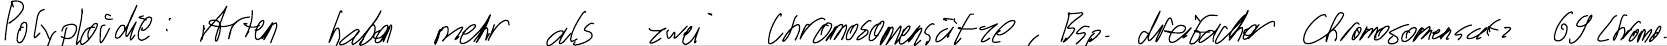
Polyploidie: Arten haben mehr als zwei Chromosomensätze, Bsp. dreifacher Chromosomensatz 69 Chromo-